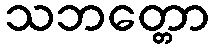
သဘတ္တော